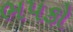
ભપકો